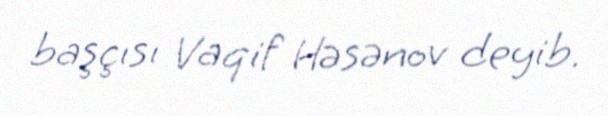
başçısı Vaqif Həsənov deyib.